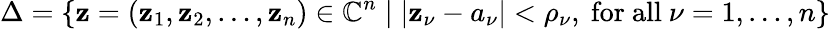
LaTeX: \Delta=\{ \mathbf{z}=(\mathbf{z}_{1},\mathbf{z}_{2},\dots,\mathbf{z}_{n})\in{\mathbb{{C}}}^{n}\mid|\mathbf{z}_{\nu}-a_{\nu}|<\rho_{\nu},{\mathrm{{~for~all~}}}\nu=1,\dots,n\}